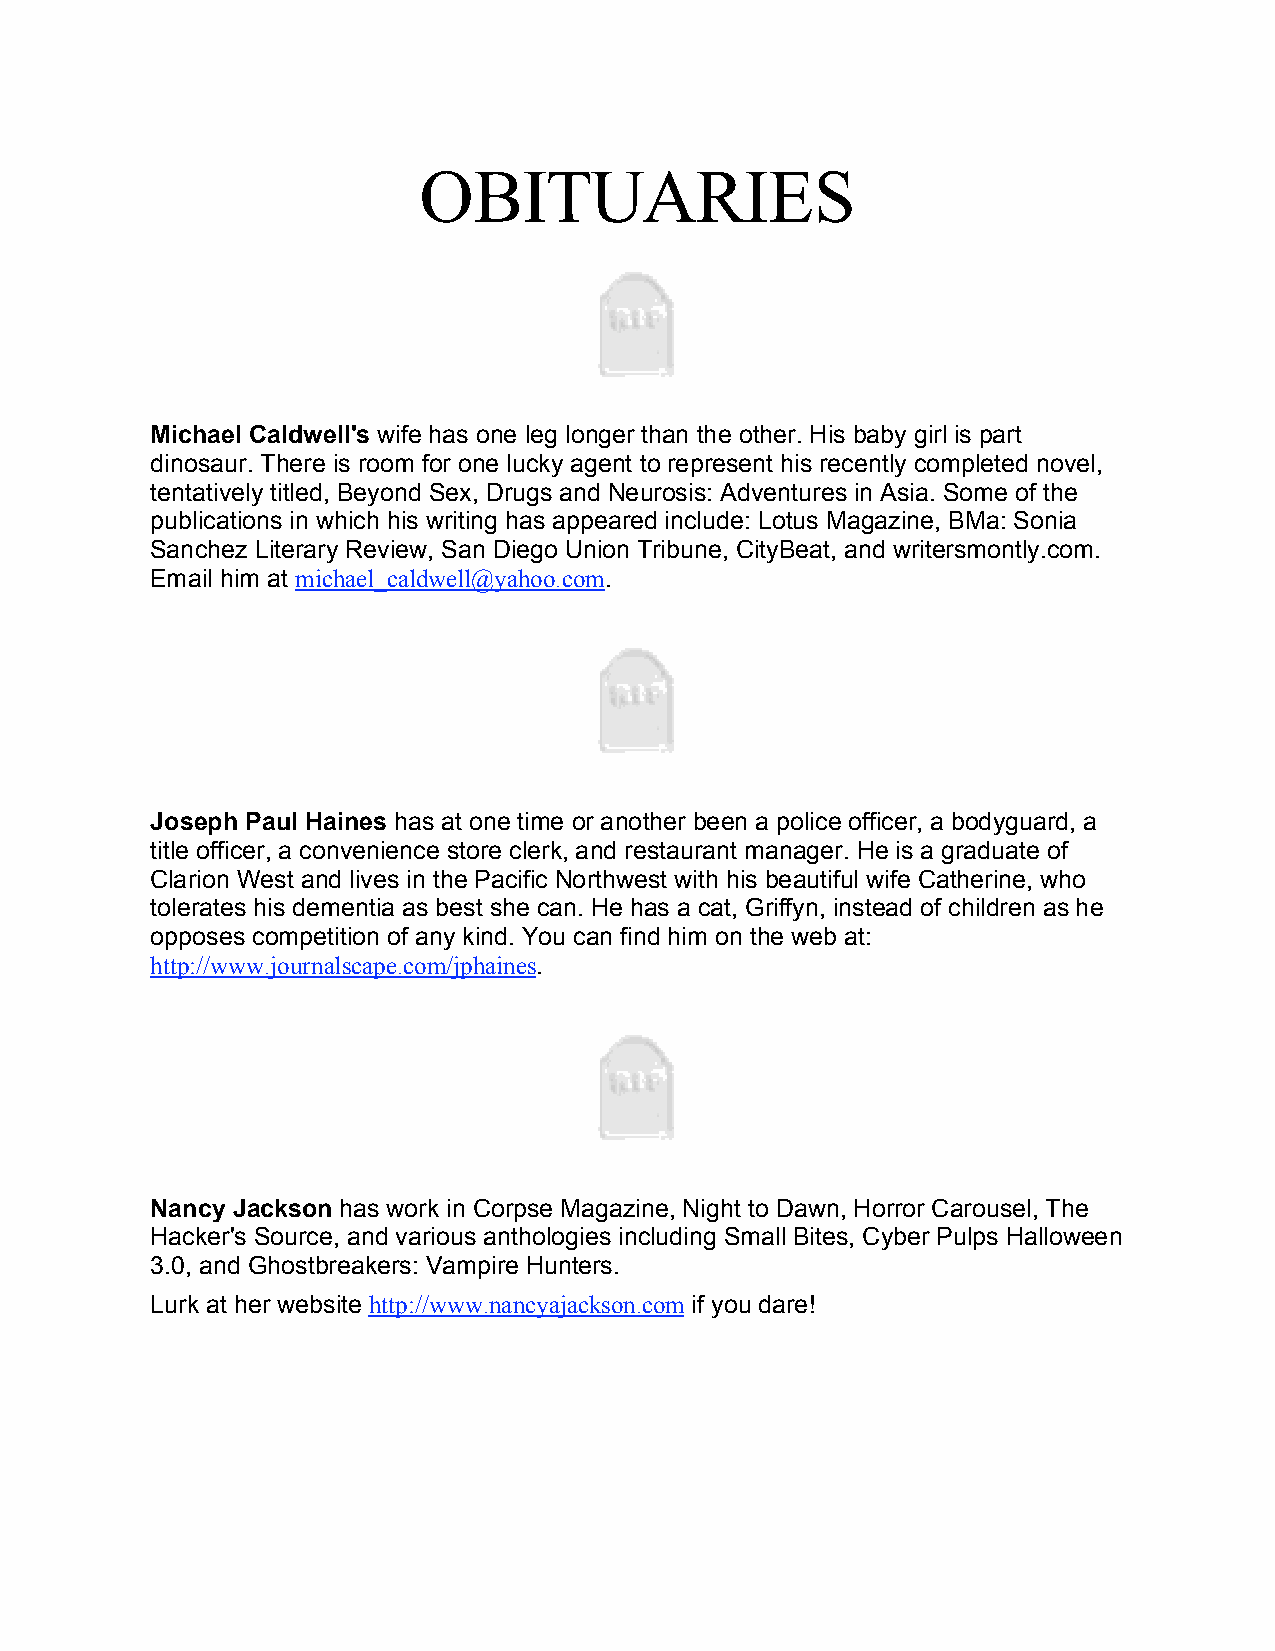
OBITUARIES
 Michael Caldwell's wife has one leg longer than the other. His baby girl is part
 dinosaur. There is room for one lucky agent to represent his recently completed novel,
 tentatively titled, Beyond Sex, Drugs and Neurosis: Adventures in Asia. Some of the
 publications in which his writing has appeared include: Lotus Magazine, BMa: Sonia
 Sanchez Literary Review, San Diego Union Tribune, CityBeat, and writersmontly.com.
 Email him at michael_caldwell@yahoo.com.
 Joseph Paul Haines has at one time or another been a police officer, a bodyguard, a
 title officer, a convenience store clerk, and restaurant manager. He is a graduate of
 Clarion West and lives in the Pacific Northwest with his beautiful wife Catherine, who
 tolerates his dementia as best she can. He has a cat, Griffyn, instead of children as he
 opposes competition of any kind. You can find him on the web at:
 http://www.journalscape.com/jphaines.
 Nancy Jackson has work in Corpse Magazine, Night to Dawn, Horror Carousel, The
 Hacker's Source, and various anthologies including Small Bites, Cyber Pulps Halloween
 3.0, and Ghostbreakers: Vampire Hunters.
 Lurk at her website http://www.nancyajackson.com if you dare!